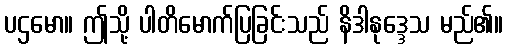
ပဌမော။ ဤသို့ ပါတိမောက်ပြခြင်းသည် နိဒါနုဒ္ဒေသ မည်၏။